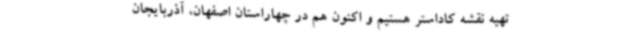
تهیه نقشه کاداستر هستیم و اکنون هم در چهاراستان اصفهان، آذربایجان